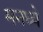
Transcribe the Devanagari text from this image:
मनध्ये